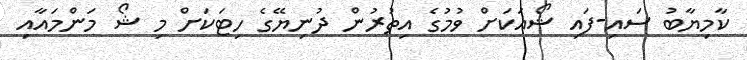
ކާމިޔާބު ސައި-ފައި ޝޯއަކަށް ވުމުގެ އިތުރުން ދުނިޔޭގެ ހިޓަކަށް މި ޝޯ މަންމައާއި